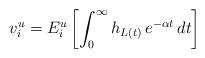
LaTeX: \begin{align*}v^u_i = E_i^u\left[\int_0^\infty h_{L(t)} \, e^{- \alpha t} \, dt\right]\end{align*}